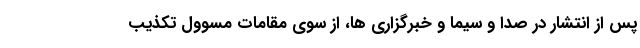
پس از انتشار در صدا و سیما و خبرگزاری ها، از سوی مقامات مسوول تکذیب